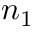
n _ { 1 }